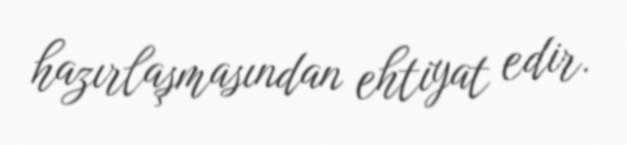
hazırlaşmasından ehtiyat edir.